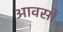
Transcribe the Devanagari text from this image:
आवसों